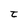
Character: t